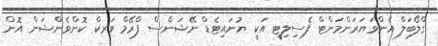
ގްލޯބަލް އެންވަޔަރަންމަންޓް ފެސިލިޓީ އަކީ ޔުނައިޓެޑް ނޭޝަންސް ފްރޭމް ވަރކް ކޮންވެންޝަން އޮން